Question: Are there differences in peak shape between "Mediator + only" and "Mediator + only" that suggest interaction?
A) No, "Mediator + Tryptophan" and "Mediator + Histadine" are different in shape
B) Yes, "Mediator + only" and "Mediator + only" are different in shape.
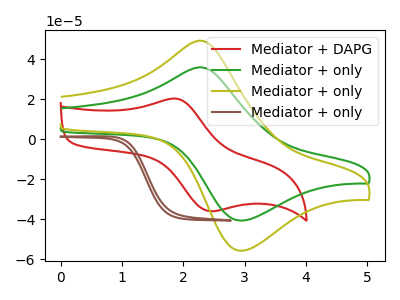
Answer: <think>The red curve "Mediator + DAPG" has an anodic peak at (1.90V, 20.20uA) and a cathodic peak at (2.45V, -36.00uA). The green curve "Mediator + only" has an anodic peak at (2.30V, 35.90uA) and a cathodic peak at (2.95V, -40.65uA). The olive curve "Mediator + only" has an anodic peak at (2.30V, 49.25uA) and a cathodic peak at (2.95V, -55.75uA). The brown curve "Mediator + only" has no peaks.
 "Mediator + only" and "Mediator + only" have a different number of peaks.</think>
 <answer>B) Yes, "Mediator + only" and "Mediator + only" are different in shape.</answer>
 <eval>B</eval>